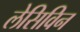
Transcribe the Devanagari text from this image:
लेसिविन